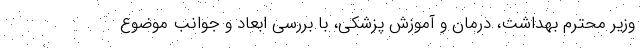
وزیر محترم بهداشت، درمان و آموزش پزشکی، با بررسی ابعاد و جوانب موضوع